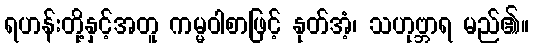
ရဟန်းတို့နှင့်အတူ ကမ္မဝါစာဖြင့် နုတ်အံ့၊ သဟုဗ္ဘာရ မည်၏။